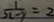
\frac { 1 } { x - y } = 2